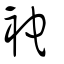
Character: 袉